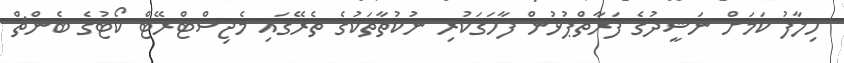
ހިލާފު ކަމަށް ނަޝީދުގެ ފަރާތްޕުޅުން ފާހަގަކުރި ނުކުތާތަކުގެ ތެރޭގައި މެޖިސްޓްރޭޓް ކޯޓުގެ ބެންޗް